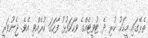
ތެރޭގައި މީހަކު ކުރި ދެ ޓުވީޓެއްގެ ވާހަކަފުޅު ފާހަގަ ކުރެއްވި އެވެ. ޖެނުވަރީ